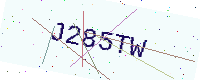
Text: J285TW